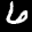
Label: 6